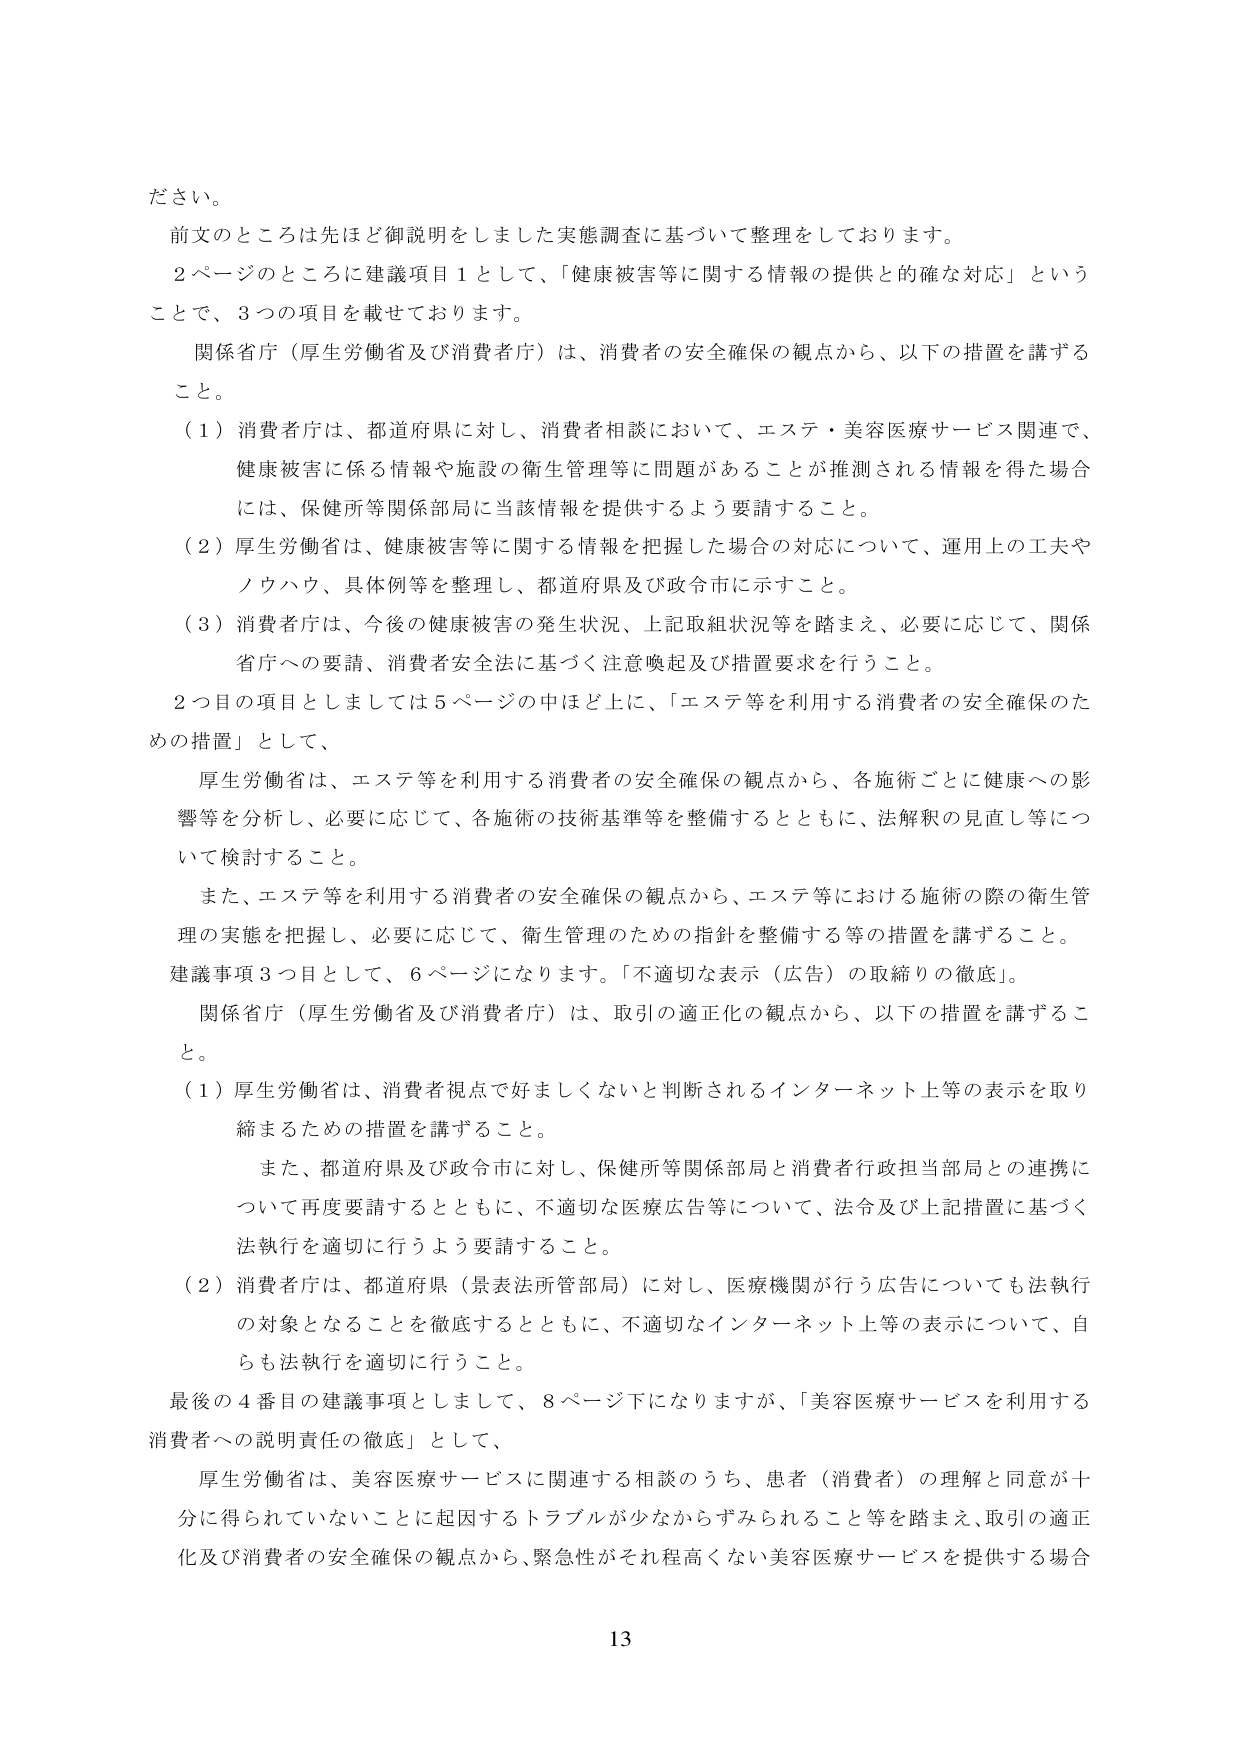
ださい。

前文のところは先ほど御説明をしました実態調査に基づいて整理をしております。

２ページのところに建議項目１として、「健康被害等に関する情報の提供と的確な対応」ということで、３つの項目を載せております。

関係省庁（厚生労働省及び消費者庁）は、消費者の安全確保の観点から、以下の措置を講ずること。

（１）消費者庁は、都道府県に対し、消費者相談において、エステ・美容医療サービス関連で、健康被害に係る情報や施設の衛生管理等に問題があることが推測される情報を得た場合には、保健所等関係部局に当該情報を提供するよう要請すること。

（２）厚生労働省は、健康被害等に関する情報を把握した場合の対応について、運用上の工夫やノウハウ、具体例等を整理し、都道府県及び政令市に示すこと。

（３）消費者庁は、今後の健康被害の発生状況、上記取組状況等を踏まえ、必要に応じて、関係省庁への要請、消費者安全法に基づく注意喚起及び措置要求を行うこと。

２つ目の項目としましては５ページの中ほど上に、「エステ等を利用する消費者の安全確保のための措置」として、

厚生労働省は、エステ等を利用する消費者の安全確保の観点から、各施術ごとに健康への影響等を分析し、必要に応じて、各施術の技術基準等を整備するとともに、法解釈の見直し等について検討すること。

また、エステ等を利用する消費者の安全確保の観点から、エステ等における施術の際の衛生管理の実態を把握し、必要に応じて、衛生管理のための指針を整備する等の措置を講ずること。

建議事項３つ目として、６ページになります。「不適切な表示（広告）の取締りの徹底」。

関係省庁（厚生労働省及び消費者庁）は、取引の適正化の観点から、以下の措置を講ずること。

（１）厚生労働省は、消費者視点で好ましくないと判断されるインターネット上等の表示を取り締まるための措置を講ずること。

また、都道府県及び政令市に対し、保健所等関係部局と消費者行政担当部局との連携について再度要請するとともに、不適切な医療広告等について、法令及び上記措置に基づく法執行を適切に行うよう要請すること。

（２）消費者庁は、都道府県（景表法所管部局）に対し、医療機関が行う広告についても法執行の対象となることを徹底するとともに、不適切なインターネット上等の表示について、自らも法執行を適切に行うこと。

最後の４番目の建議事項としまして、８ページ下になりますが、「美容医療サービスを利用する消費者への説明責任の徹底」として、

厚生労働省は、美容医療サービスに関連する相談のうち、患者（消費者）の理解と同意が十分に得られていないことに起因するトラブルが少なからずみられること等を踏まえ、取引の適正化及び消費者の安全確保の観点から、緊急性がそれ程高くない美容医療サービスを提供する場合

13